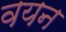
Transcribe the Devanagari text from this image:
वयन